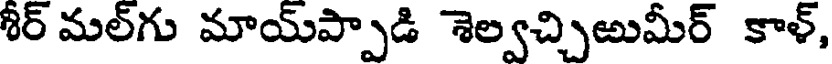
శీర్ మల్గు మాయ్ప్పాడి శెల్వచ్చిఱుమీర్ కాళ్,